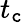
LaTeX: t_{\mathtt{c}}